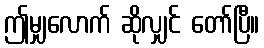
ဤမျှလောက် ဆိုလျှင် တော်ပြီ။